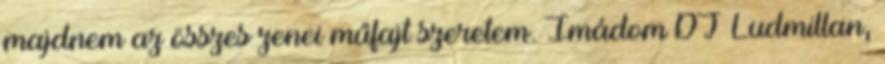
majdnem az összes zenei műfajt szeretem. Imádom DJ Ludmillan,